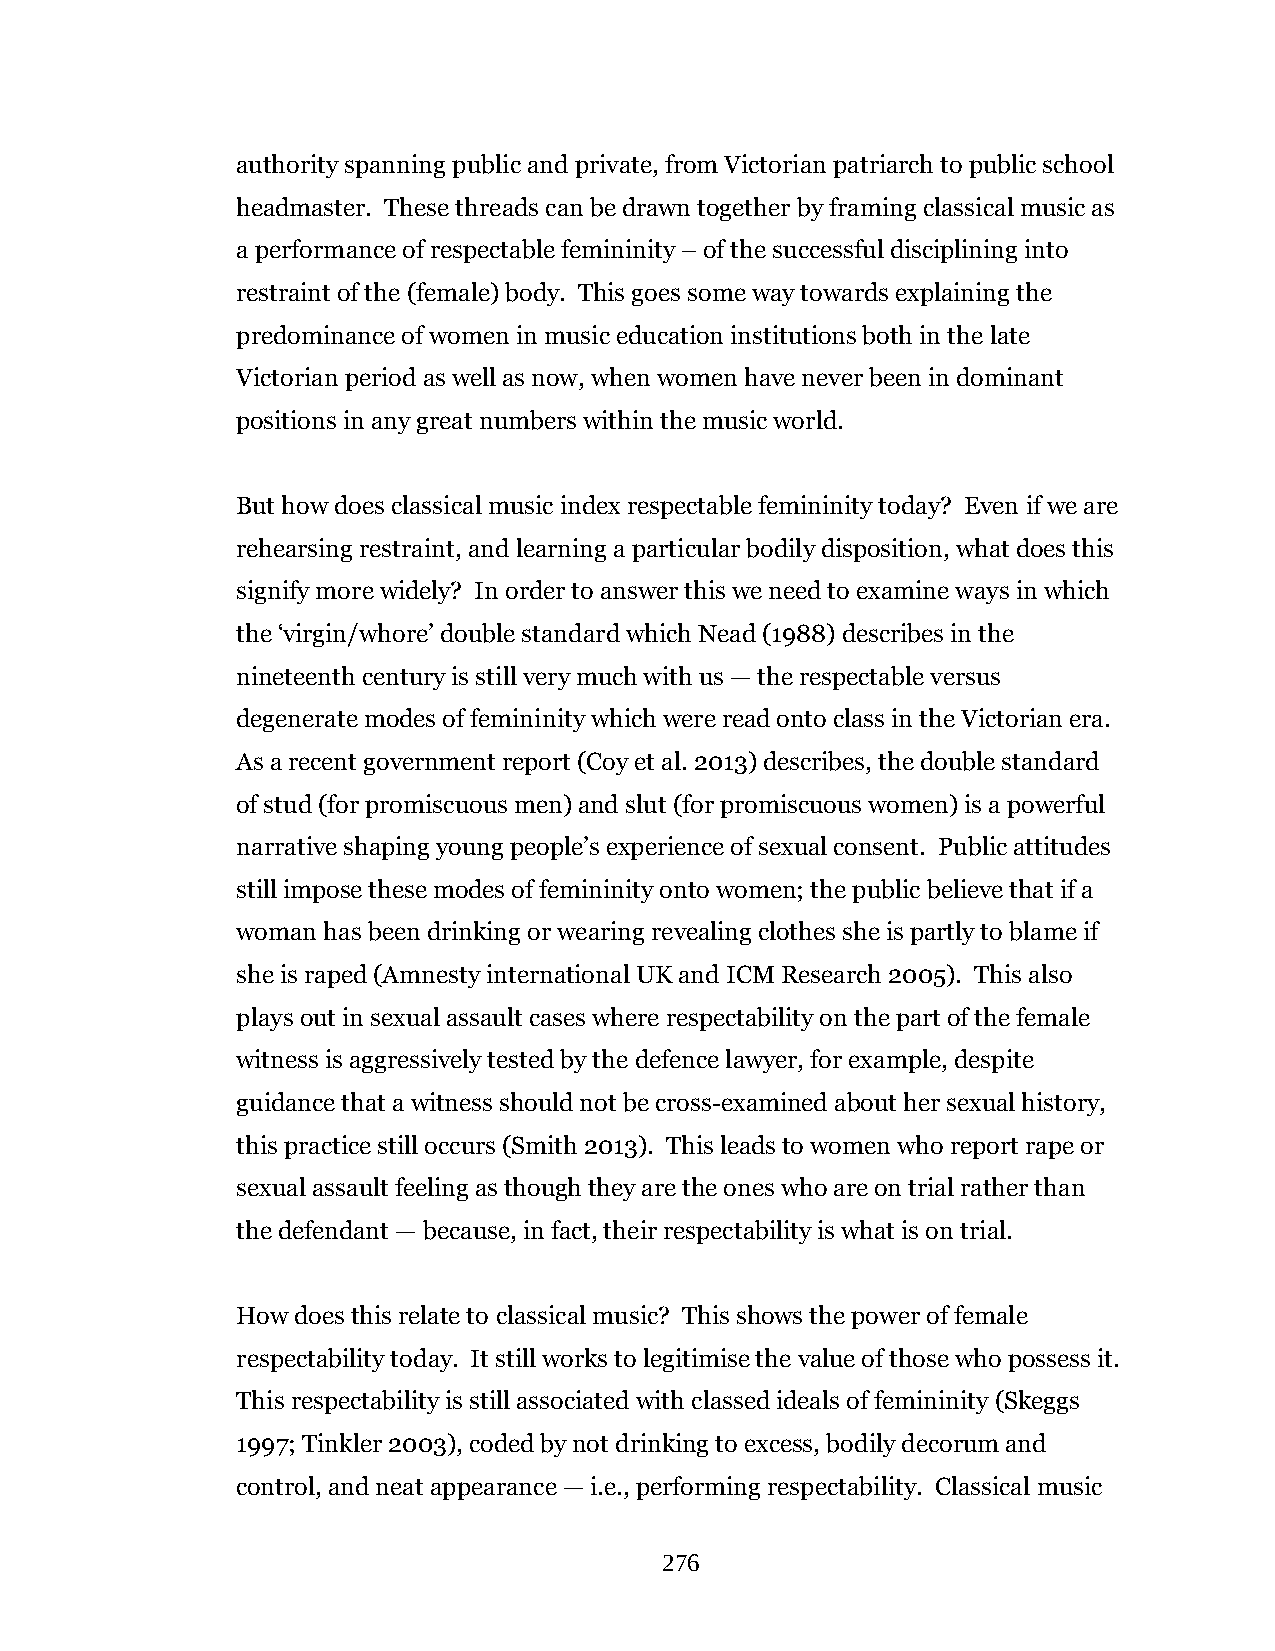
authority spanning public and private, from Victorian patriarch to public school
 headmaster. These threads can be drawn together by framing classical music as
 a performance of respectable femininity – of the successful disciplining into
 restraint of the (female) body. This goes some way towards explaining the
 predominance of women in music education institutions both in the late
 Victorian period as well as now, when women have never been in dominant
 positions in any great numbers within the music world.
 But how does classical music index respectable femininity today? Even if we are
 rehearsing restraint, and learning a particular bodily disposition, what does this
 signify more widely? In order to answer this we need to examine ways in which
 the ‘virgin/whore’ double standard which Nead (1988) describes in the
 nineteenth century is still very much with us — the respectable versus
 degenerate modes of femininity which were read onto class in the Victorian era.
 As a recent government report (Coy et al. 2013) describes, the double standard
 of stud (for promiscuous men) and slut (for promiscuous women) is a powerful
 narrative shaping young people’s experience of sexual consent. Public attitudes
 still impose these modes of femininity onto women; the public believe that if a
 woman has been drinking or wearing revealing clothes she is partly to blame if
 she is raped (Amnesty international UK and ICM Research 2005). This also
 plays out in sexual assault cases where respectability on the part of the female
 witness is aggressively tested by the defence lawyer, for example, despite
 guidance that a witness should not be cross-examined about her sexual history,
 this practice still occurs (Smith 2013). This leads to women who report rape or
 sexual assault feeling as though they are the ones who are on trial rather than
 the defendant — because, in fact, their respectability is what is on trial.
 How does this relate to classical music? This shows the power of female
 respectability today. It still works to legitimise the value of those who possess it.
 This respectability is still associated with classed ideals of femininity (Skeggs
 1997; Tinkler 2003), coded by not drinking to excess, bodily decorum and
 control, and neat appearance — i.e., performing respectability. Classical music
 276